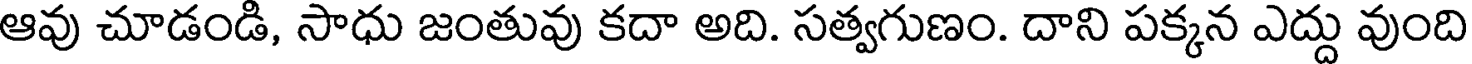
ఆవు చూడండి, సాధు జంతువు కదా అది. సత్వగుణం. దాని పక్కన ఎద్దు వుంది